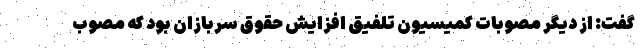
گفت: از دیگر مصوبات کمیسیون تلفیق افزایش حقوق سربازان بود که مصوب